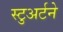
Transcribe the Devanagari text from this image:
स्टुअर्टने